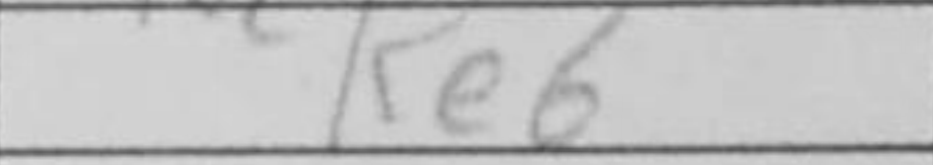
Transcription: Re6